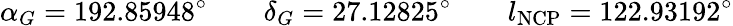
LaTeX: \alpha_{G}=192.85948^{\circ}\qquad\delta_{G}=27.12825^{\circ}\qquad l_{\mathrm{NCP}}=122.93192^{\circ}